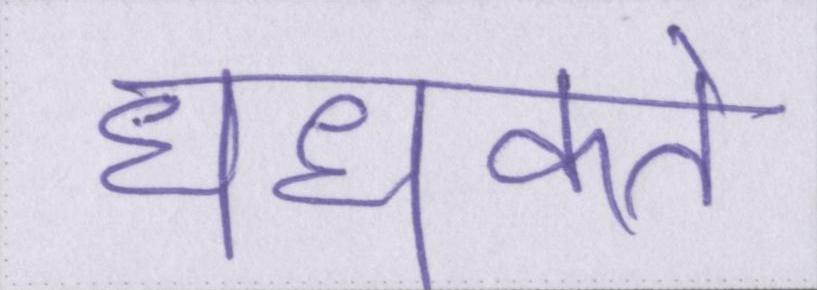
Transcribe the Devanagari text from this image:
धधकते